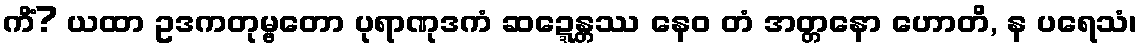
ကိံ? ယထာ ဥဒကတုမ္ဗတော ပုရာဏုဒကံ ဆဍ္ဍေန္တဿ နေဝ တံ အတ္တနော ဟောတိ, န ပရေသံ၊